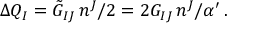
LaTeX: \Delta Q _ { I } = \tilde { G } _ { I J } \, n ^ { J } / 2 = 2 G _ { I J } \, n ^ { J } / \alpha ^ { \prime } \, .